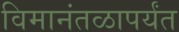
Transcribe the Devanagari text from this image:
विमानंतळापर्यंत